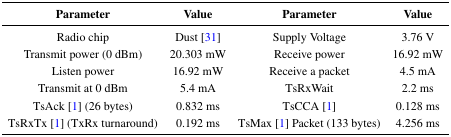
| Parameter | Value | Parameter | Value |
 | --- | --- | --- | --- |
 | Radio chip | Dust [31] | Supply Voltage | 3.76 V |
 | Transmit power (0 dBm) | 20.303 mW | Receive power | 16.92 mW |
 | Listen power | 16.92 mW | Receive a packet | 4.5 mA |
 | Transmit at 0 dBm | 5.4 mA | TsRxWait | 2.2 ms |
 | TsAck [1] (26 bytes) | 0.832 ms | TsCCA [1] | 0.128 ms |
 | TsRxTx [1] (TxRx turnaround) | 0.192 ms | TsMax [1] Packet (133 bytes) | 4.256 ms |